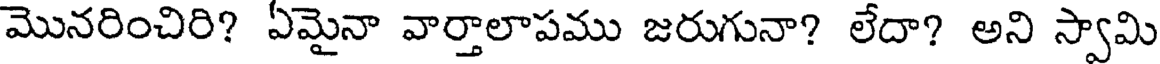
మొనరించిరి? ఏమైనా వార్తాలాపము జరుగునా? లేదా? అని స్వామి